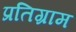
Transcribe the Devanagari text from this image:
प्रतिग्राम